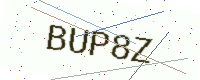
Text: BUP8Z